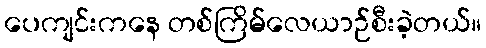
ပေကျင်းကနေ တစ်ကြိမ်လေယာဉ်စီးခဲ့တယ်။